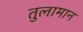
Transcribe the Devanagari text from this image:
तुलामान